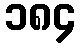
၁၈၄